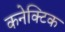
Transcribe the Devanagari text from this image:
कनेक्टिक